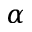
\alpha